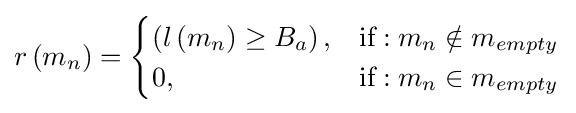
r\left(m_{n}\right)={\begin{cases}\left(l\left(m_{n}\right)\geq B_{a}\right),&{\text{if}}:m_{n}\notin {m_{empty}}\\0,&{\text{if}}:m_{n}\in {m_{empty}}\end{cases}}